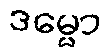
ဒမ္မော